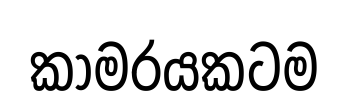
කාමරයකටම